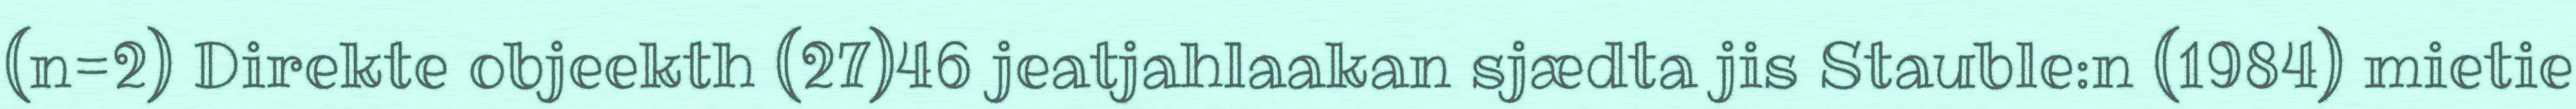
(n=2) Direkte objeekth (27)46 jeatjahlaakan sjædta jis Stauble:n (1984) mietie